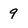
Character: 9